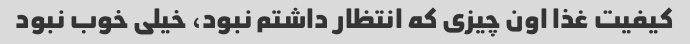
کیفیت غذا اون چیزی که انتظار داشتم نبود، خیلی خوب نبود